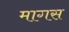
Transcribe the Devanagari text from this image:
मागस